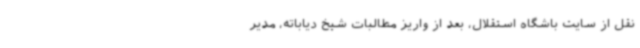
نقل از سایت باشگاه استقلال، بعد از واریز مطالبات شیخ دیاباته، مدیر